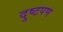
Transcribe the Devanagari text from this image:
दुष्टपण